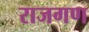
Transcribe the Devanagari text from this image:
राजगण